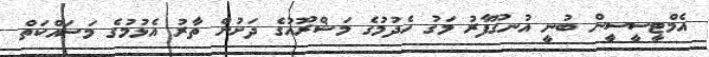
އެމްޓީސީސީން ބުނީ އުނގޫފާރު މަގު ހެދުމުގެ މަޝްރޫއުގެ ދަށުން ތާރު އެޅުމުގެ މަސައްކަތް